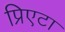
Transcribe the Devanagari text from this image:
प्रिएटा